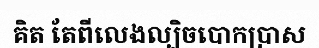
គិត តែពីលេងល្បិចបោកប្រាស